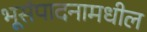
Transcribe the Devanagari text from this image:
भूसंपादनामधील